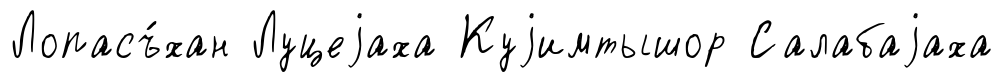
Лопасъ́хан Луцеjаха Куjимтышор Салабаjаха